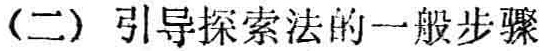
(二) 引导探索法的一般步骤